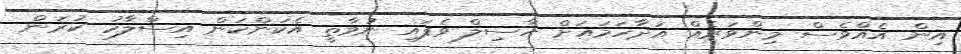
އިން އެއްވެސް މިންވަރެއް އަދާހަމައަށް ހާސިލް ވެފައި ނުވާތީ އެކަންކަން އިސްލާހު ކުރަން